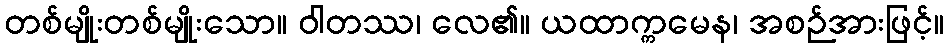
တစ်မျိုးတစ်မျိုးသော။ ဝါတဿ၊ လေ၏။ ယထာက္ကမေန၊ အစဉ်အားဖြင့်။